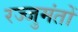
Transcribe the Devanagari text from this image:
रज्जुमंतों